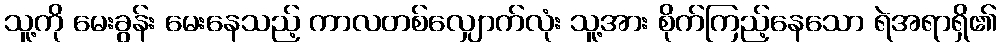
သူ့ကို မေးခွန်း မေးနေသည့် ကာလတစ်လျှောက်လုံး သူ့အား စိုက်ကြည့်နေသော ရဲအရာရှိ၏